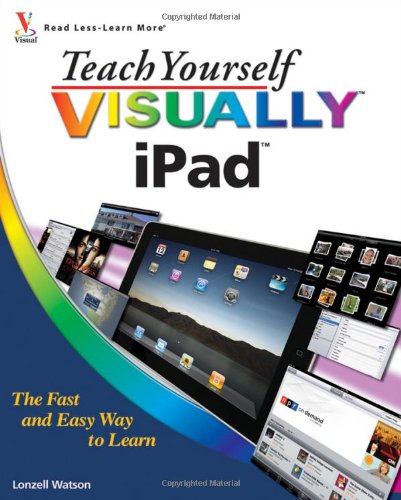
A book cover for Teach Yourself VISUALLY iPad; Lonzell Watson; Computers & Technology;